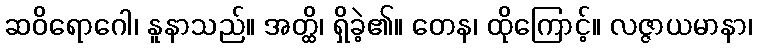
ဆဝိရောဂေါ၊ နူနာသည်။ အတ္ထိ၊ ရှိခဲ့၏။ တေန၊ ထိုကြောင့်။ လဇ္ဇာယမာနာ၊